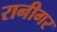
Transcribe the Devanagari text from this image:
रानीगर